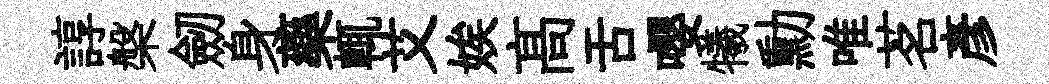
諄槃劒身藥輒艾娭髙舌嚶犧勳唯茗彦